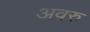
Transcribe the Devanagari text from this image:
अवरु